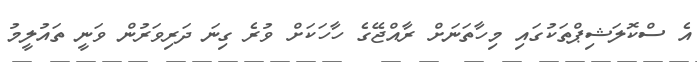
އެ ސްކޮލަޝިޕްތަކުގައި މިހާތަނަށް ރާއްޖޭގެ ހާހަކަށް ވުރެ ގިނަ ދަރިވަރުން ވަނީ ތައުލީމު